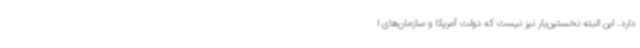
دارد. این البته نخستین‌بار نیز نیست که دولت آمریکا و سازمان‌های ا